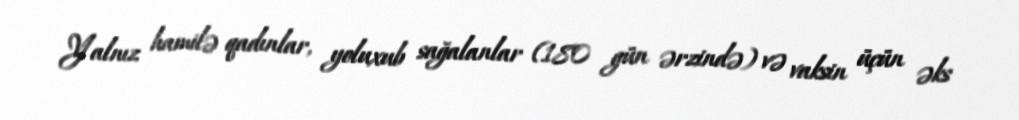
Yalnız hamilə qadınlar, yoluxub sağalanlar (180 gün ərzində) və vaksin üçün əks